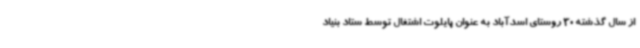
از سال گذشته 30 روستای اسدآباد به عنوان پایلوت اشتغال توسط ستاد بنیاد